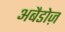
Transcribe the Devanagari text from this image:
अबैडोज़